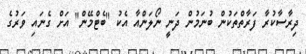
ދިރާސާކުރާ ފަރާތްތަކުން ބުނަމުން ދަނީ ނޯލަންއާ އެކު "ބެޓްމޭން" އަށް ގެނައި ވަރުގެ